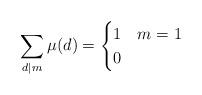
LaTeX: \begin{align*}\sum_{d|m}\mu(d)=\begin{cases}1&m=1\\0&\end{cases}\end{align*}